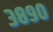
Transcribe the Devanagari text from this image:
३८९०